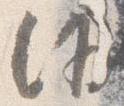
沙